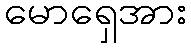
မောရှေအား